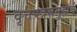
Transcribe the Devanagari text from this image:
वृत्तपत्रसमूहाचे